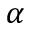
\alpha